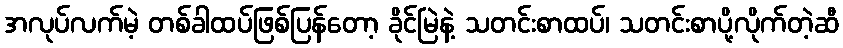
အလုပ်လက်မဲ့ တစ်ခါထပ်ဖြစ်ပြန်တော့ ခိုင်မြဲနဲ့ သတင်းစာထပ်၊ သတင်းစာပို့လိုက်တဲ့ဆီ